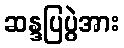
ဆန္ဒပြပွဲအား